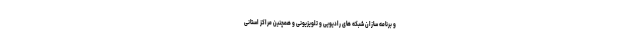
و برنامه سازان شبکه های رادیویی و تلویزیونی و همچنین مراکز استانی